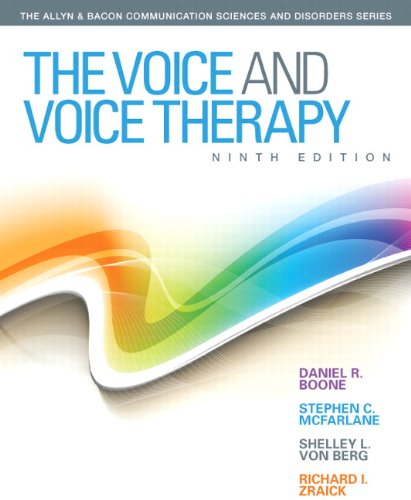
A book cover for The Voice and Voice Therapy (9th Edition) (Allyn & Bacon Communication Sciences and Disorders); Daniel R. Boone; Medical Books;